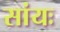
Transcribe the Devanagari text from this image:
सांयः